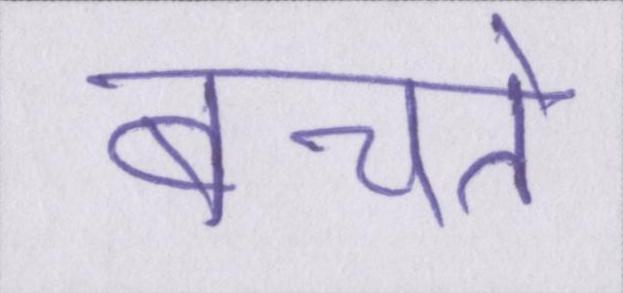
बचते